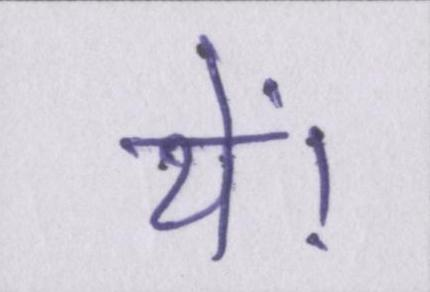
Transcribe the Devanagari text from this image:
थें।